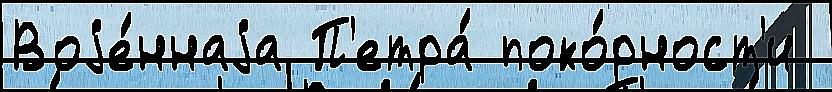
Воjе́ннаjа П'етра́ поко́рност'и